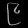
Digit: ၉